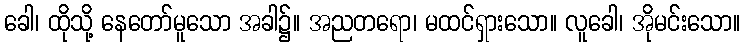
ခေါ၊ ထိုသို့ နေတော်မူသော အခါ၌။ အညတရော၊ မထင်ရှားသော။ လူခေါ၊ အိုမင်းသော။